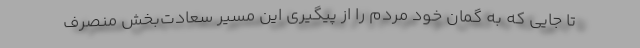
تا جایی که به گمان خود مردم را از پیگیری این مسیر سعادت‌بخش منصرف